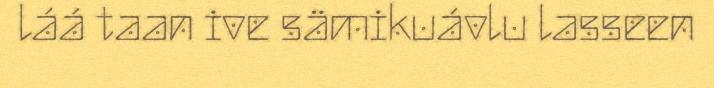
láá taan ive sämikuávlu lasseen